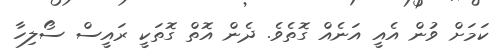
ކަމަށް ވުން އެއީ އަނެއް ގޮތެވެ. ދެން އޮތް ގޮތަކީ ރައީސް ސޯލިހާ